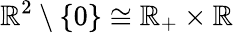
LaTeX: \mathbb{R}^{2}\setminus\{ 0\} \cong\mathbb{R}_{+}\times\mathbb{R}